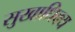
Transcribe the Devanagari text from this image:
सुखाधिक्य